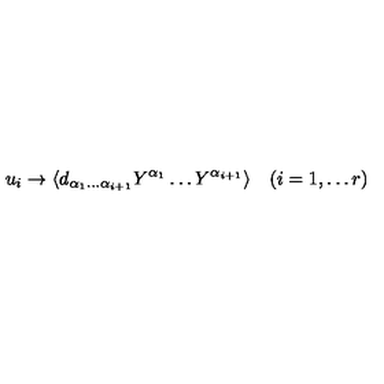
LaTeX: u _ { i } \to \langle d _ { \alpha _ { 1 } \dots \alpha _ { i + 1 } } Y ^ { \alpha _ { 1 } } \dots Y ^ { \alpha _ { i + 1 } } \rangle \quad ( i = 1 , \dots r )